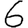
Digit: 6